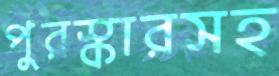
পুরস্কারসহ